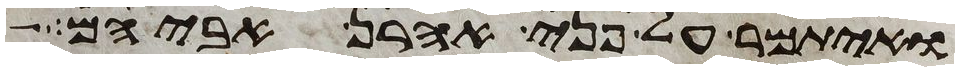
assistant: ואיתמר על פני אהרן אביהם